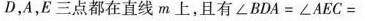
D，A，E三点都在直线m上，且有$$ ∠ B D A = ∠ A E C=